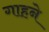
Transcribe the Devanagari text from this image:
गाहने